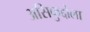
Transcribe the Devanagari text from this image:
असिफुद्दोला